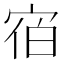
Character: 𪧐